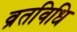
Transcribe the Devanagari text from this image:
व्रतविधि